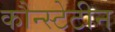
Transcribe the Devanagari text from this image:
कौन्स्टेटीन